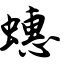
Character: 蟪